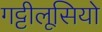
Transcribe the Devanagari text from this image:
गट्टीलूसियो